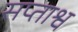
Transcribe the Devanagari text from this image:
सप्ताश्व